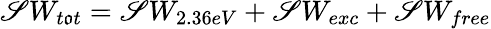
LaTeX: \mathscr{S}W_{t\mathfrak{o}t}=\mathscr{S}W_{2.36eV}+\mathscr{S}W_{exc}+\mathscr{S}W_{free}